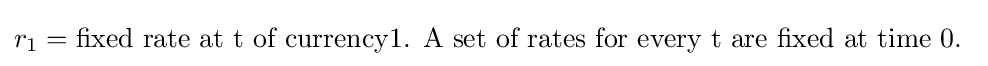
r_{1}={\text{fixed rate at t of currency1. A set of rates for every t are fixed at time 0. }}